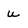
Character: U